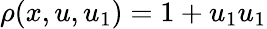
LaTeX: \rho(x,u,u_{1})=1+u_{1}u_{1}